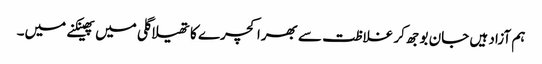
ہم آزاد ہیں جان بوجھ کر غلاظت سے بھرا کچرے کا تھیلا گلی میں پھینکنے میں۔